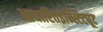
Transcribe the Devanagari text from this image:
आधारितइन्स्टिट्यूट